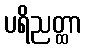
ပရိညတ္ထာ